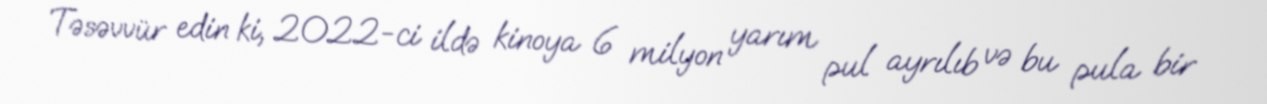
Təsəvvür edin ki, 2022-ci ildə kinoya 6 milyon yarım pul ayrılıb və bu pula bir